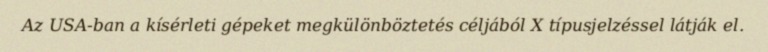
Az USA-ban a kísérleti gépeket megkülönböztetés céljából X típusjelzéssel látják el.